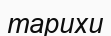
тарихи